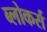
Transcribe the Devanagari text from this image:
ब्लोकर्स